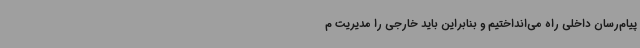
پیام‌رسان داخلی راه می‌انداختیم و بنابراین باید خارجی را مدیریت م